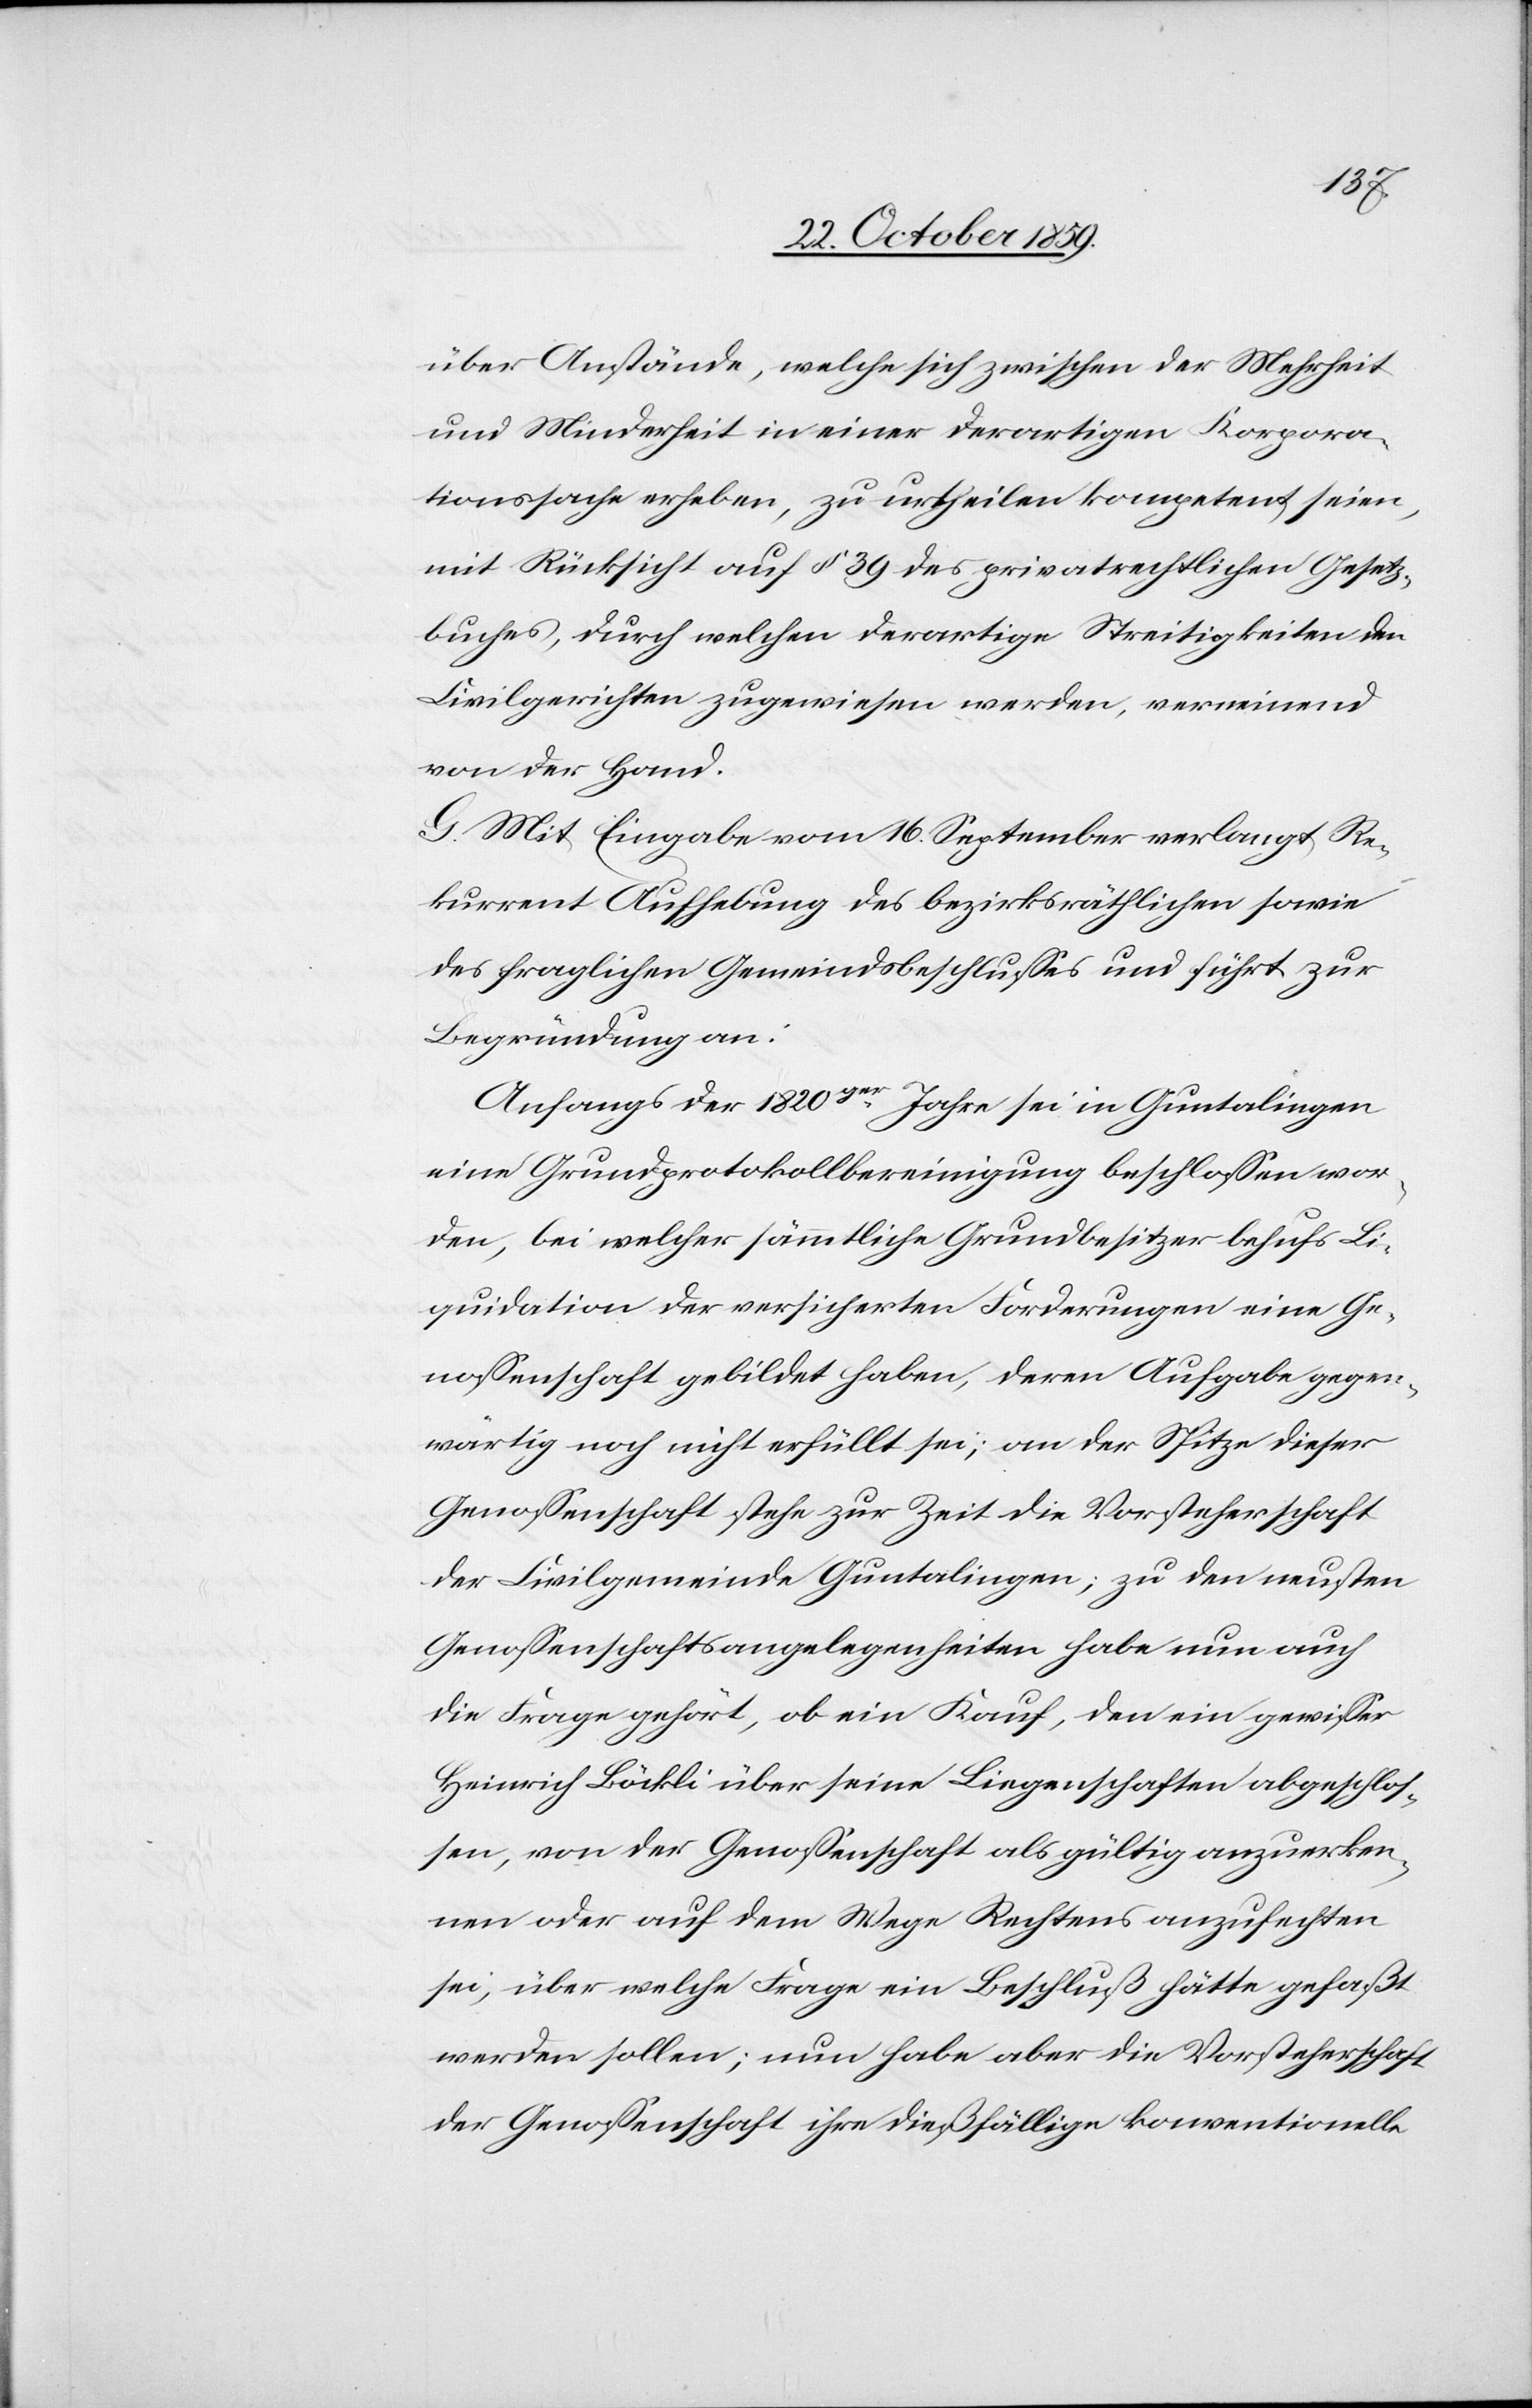
über Anstände, welche sich zwischen der Mehrheit
und Minderheit in einer dortigen Korpora¬
tionssache erheben, zu urtheilen kompetent seien,
mit Rücksicht auf § 39 des privatrechtlichen Gesetz¬
buches, durch welchen derartige Streitigkeiten den
Civilgerichten zugewiesen werden, verneinend
von der Hand.
G. Mit Eingabe vom 16. September verlangt Re¬
kurrent Aufhebung des bezirksräthlichen sowie
des fraglichen Gemeindsbeschlusses und führt zur
Begründung an:
Anfangs der 1820ger Jahre sei in Guntalingen
eine Grundprotokollbereinigung beschlossen wor¬
den, bei welcher sämtliche Grundbesitzer behufs Li¬
quidation der versicherten Forderungen eine Ge¬
nossenschaft gebildet haben, deren Aufgabe gegen¬
wärtig noch nicht erfüllt sei; an der Spitze dieser
Genossenschaft stehe zur Zeit die Vorsteherschaft
der Civilgemeinde Guntalingen; zu den neusten
Genossenschaftsangelegenheiten habe nun auch
die Frage gehört, ob ein Kauf, den ein gewisser
Heinrich Böckli über seine Liegenschaften abgeschlos¬
sen, von der Genossenschaft als gültig anzuerken¬
nen oder auf dem Wege Rechtens anzufechten
sei, über welche Frage ein Beschluß hätte gefaßt
werden sollen; nun habe aber die Vorsteherschaft
der Genossenschaft ihre dießfällige konventionelle